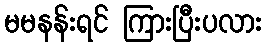
မမနန်းရင် ကြားပြီးပလား